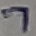
Text: 7